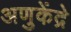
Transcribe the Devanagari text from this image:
अणुकेंद्रे